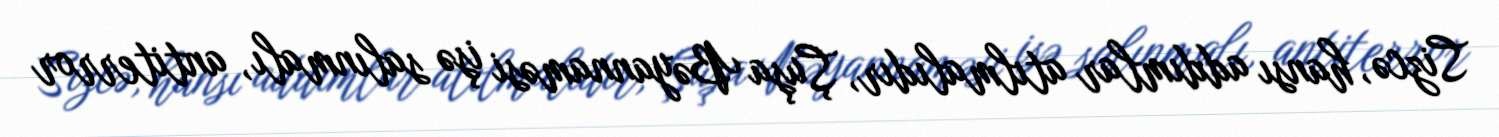
Sizcə, hansı addımlar atılmalıdır, Şuşa Bəyannaməsi işə salınmalı, antiterror